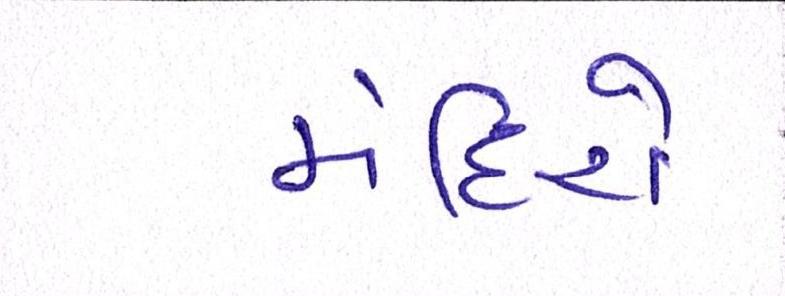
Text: મંદિરો